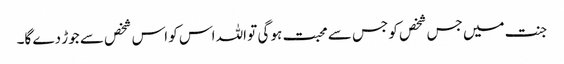
جنت میں جس شخص کو جس سے محبت ہو گی تو اللہ اس کو اس شخص سے جوڑ دے گا۔